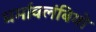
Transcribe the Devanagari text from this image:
धर्मावलंबियो